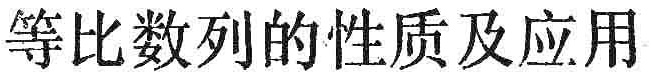
等比数列的性质及应用